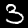
Digit: 3